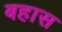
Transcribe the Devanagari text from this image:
बहास